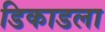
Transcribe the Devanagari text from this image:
डिकाडला